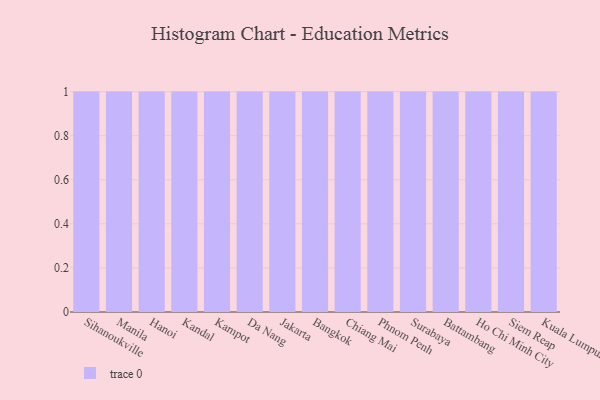
{"axis": {"x": "City", "y": "Active Users"}, "legend": [""], "data": [{"x": "Sihanoukville", "y": 26, "type": ""}, {"x": "Manila", "y": 63, "type": ""}, {"x": "Hanoi", "y": 91, "type": ""}, {"x": "Kandal", "y": 10, "type": ""}, {"x": "Kampot", "y": 55, "type": ""}, {"x": "Da Nang", "y": 28, "type": ""}, {"x": "Jakarta", "y": 96, "type": ""}, {"x": "Bangkok", "y": 26, "type": ""}, {"x": "Chiang Mai", "y": 85, "type": ""}, {"x": "Phnom Penh", "y": 68, "type": ""}, {"x": "Surabaya", "y": 44, "type": ""}, {"x": "Battambang", "y": 68, "type": ""}, {"x": "Ho Chi Minh City", "y": 76, "type": ""}, {"x": "Siem Reap", "y": 22, "type": ""}, {"x": "Kuala Lumpur", "y": 46, "type": ""}]}